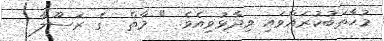
މުޚާތަބުކުރައްވައި ވިދާޅުވިއެވެ. " މާތް  ގެ ރަސޫލާ